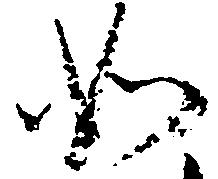
如